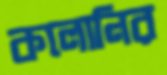
কলোনির